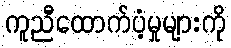
ကူညီထောက်ပံ့မှုများကို